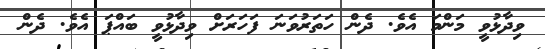
ވިދާޅުވީ މަންމަ އެވެ. ދެން ހަތަރުވަނަ ފަހަރަށް ވިދާޅުވީ ބައްޕަ އެވެ. ދެން